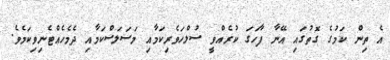
އެ ތިން ކަމުގެ ގޮތުގައި އޭނާ ފާހަގަ ކުރެއްވީ ސުލްހަވެރިކަމާއި މަސަލަސްކަމާއި ދެމެހެއްޓެނިވިކަމެވެ.